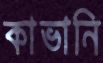
কাভানি